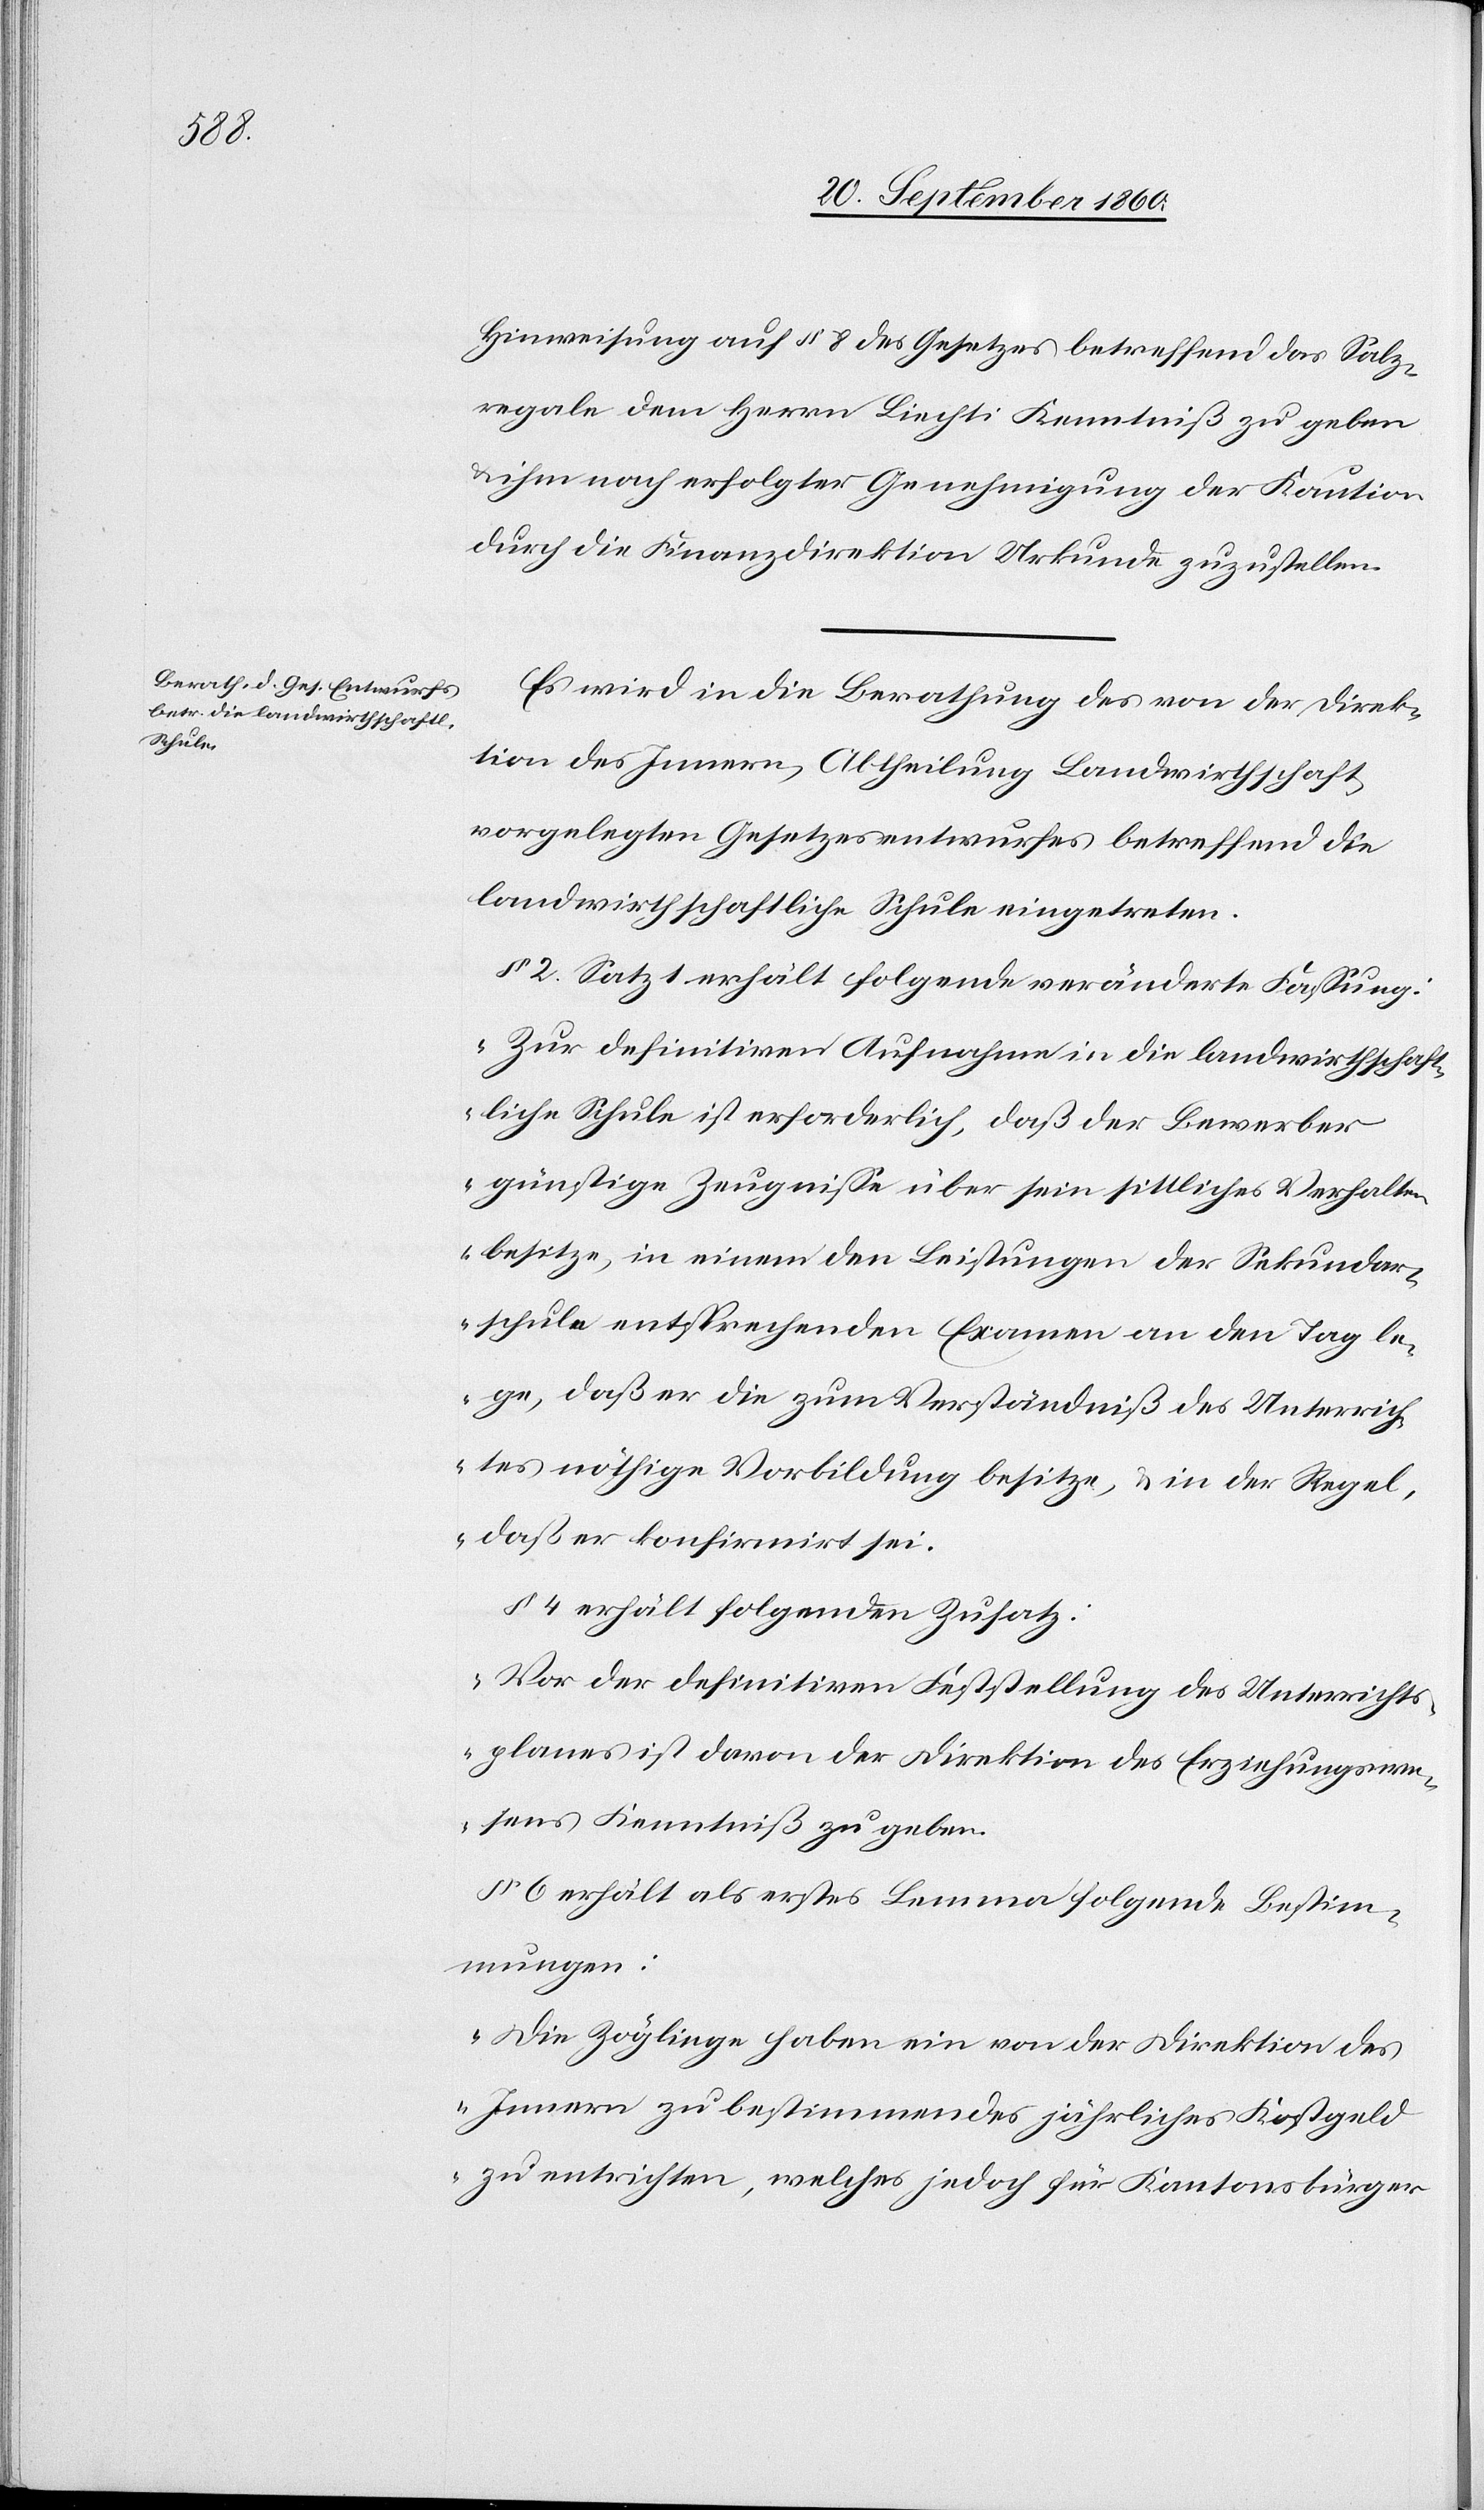
Hinweisung auf § 8 des Gesetzes betreffend das Salz¬
regale dem Herrn Liechti Kenntniß zu geben
ihm nach erfolgter Genehmigung der Kaution
durch die Finanzdirektion Urkunde zuzustellen.
Es wird in die Berathung des von der Direk¬
tion des Innern, Abtheilung Landwirthschaft
vorgelegten Gesetzesentwurfes betreffend die
landwirthschaftliche Schule eingetreten.
§ 2 Satz 1 erhält folgende veränderte Fassung:
„Zur definitiven Aufnahme in die landwirthschaft¬
liche Schule ist erforderlich, daß der Bewerber
günstige Zeugnisse über sein sittliches Verhalten
besitze, in einem den Leistungen der Sekundar¬
schule entsprechenden Examen an den Tag le¬
ge, daß er die zum Verständniß des Unterrich¬
tes nöthige Vorbildung besitze, & in der Regel,
daß er konfirmirt sei.[“]
§ 4 erhält folgenden Zusatz:
„Vor der definitiven Feststellung des Unterrichts¬
planes ist davon der Direktion des Erziehungswe¬
sens Kenntniß zu geben.[“]
§ 6 erhält als erstes Lemma folgende Bestim¬
mungen:
„Die Zöglinge haben ein von der Direktion des
Innern zur bestimmendes jährliches Kostgeld
zu entrichten, welches jedoch für Kantonsbürger